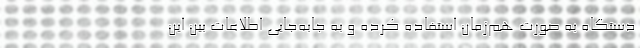
دستگاه به صورت هم‌زمان استفاده کرده و به جابه‌جایی اطلاعات بین این